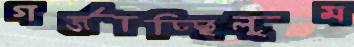
গর্জাচ্ছিলুম